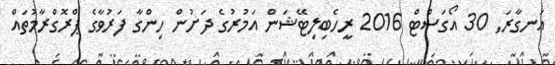
އަނގާރަ